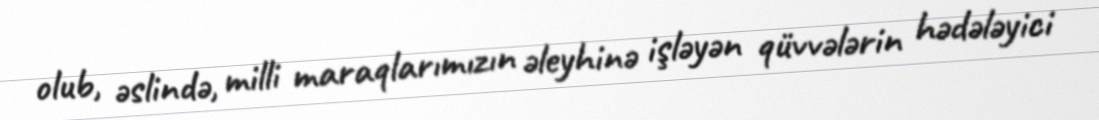
olub, əslində, milli maraqlarımızın əleyhinə işləyən qüvvələrin hədələyici